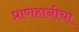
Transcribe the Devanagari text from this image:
प्राणहानीचा